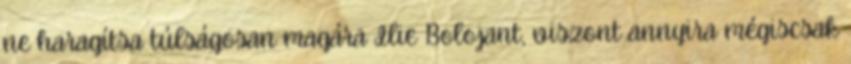
ne haragítsa túlságosan magára Ilie Bolojant, viszont annyira mégiscsak